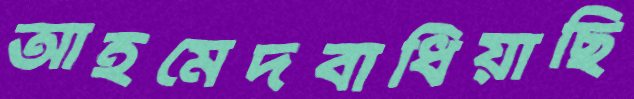
আহমেদবাধিয়াছি